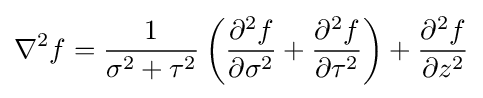
\nabla ^{2}f={\frac {1}{\sigma ^{2}+\tau ^{2}}}\left({\frac {\partial ^{2}f}{\partial \sigma ^{2}}}+{\frac {\partial ^{2}f}{\partial \tau ^{2}}}\right)+{\frac {\partial ^{2}f}{\partial z^{2}}}